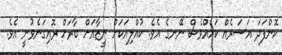
ކޮންފަދަ އަސަރެއް ކަމެއްވެސް ނޭނގެ އެވެ. ކުއްލިއަކަށް ނީޒާއަށް ބާރަށް ރޮއިގަނެވުނީ އެވެ.